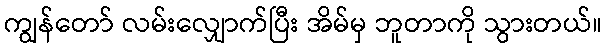
ကျွန်တော် လမ်းလျှောက်ပြီး အိမ်မှ ဘူတာကို သွားတယ်။